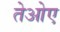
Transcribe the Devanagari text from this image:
तेओए